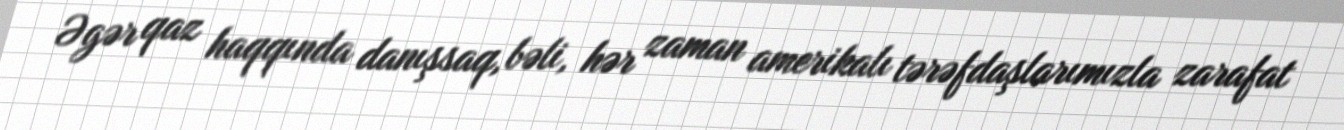
Əgər qaz haqqında danışsaq, bəli, hər zaman amerikalı tərəfdaşlarımızla zarafat